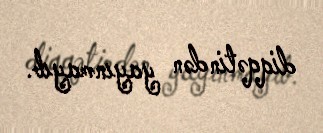
diqqətindən yayınmayıb.